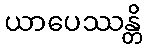
ယာပေဿန္တိ